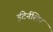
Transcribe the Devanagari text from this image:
इंटेर्नशिप